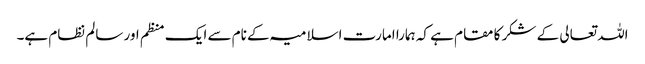
اللہ تعالی کے شکر کا مقام ہے کہ ہمارا امارت اسلامیہ کے نام سے ایک منظم اور سالم نظام ہے۔